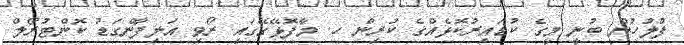
ފުލުހުން ބުނީ މީގެ ކުޑައިރުކޮޅެއްގެ ކުރިން ހ. މާފޮޅޭގޭގައި ރޯވި އަލިފާންގަޑު ކޮންޓުރޯލް